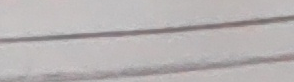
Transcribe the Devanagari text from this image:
चटपटि